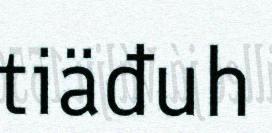
tiäđuh